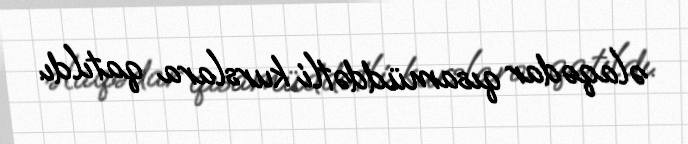
əlaqədar qısamüddətli kurslara qatıldı.